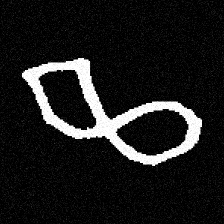
Pyu character \u2014 Myanmar letter: ဆ (romanized: cha)